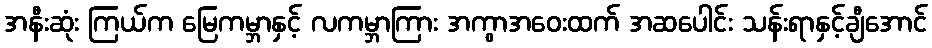
အနီးဆုံး ကြယ်က မြေကမ္ဘာနှင့် လကမ္ဘာကြား အကွာအဝေးထက် အဆပေါင်း သန်းရာနှင့်ချီအောင်